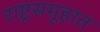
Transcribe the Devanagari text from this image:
राष्ट्रसमूहात